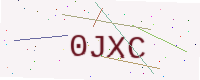
Text: 0JXC